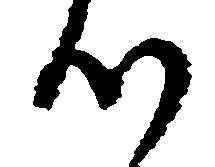
つ